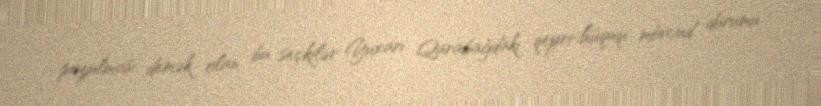
pozulması demək olan bu seçkilər Yuxarı Qarabağdakı qeyri-hüquqi mövcud durumu